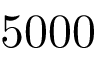
5 0 0 0